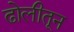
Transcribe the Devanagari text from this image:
ढोलीतून